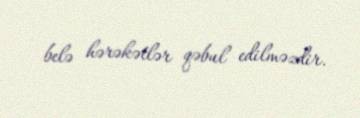
belə hərəkətlər qəbul edilməzdir.